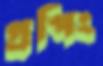
গ্রপিং